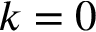
k = 0